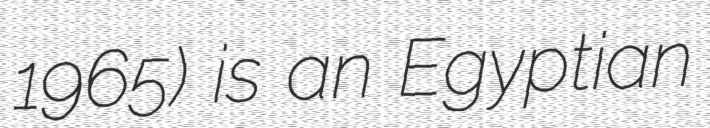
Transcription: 1965) is an Egyptian